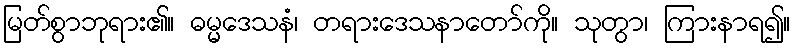
မြတ်စွာဘုရား၏။ ဓမ္မဒေသနံ၊ တရားဒေသနာတော်ကို။ သုတွာ၊ ကြားနာရ၍။